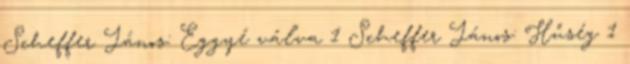
Scheffer János: Eggyé válva 1 Scheffer János: Hűség 1